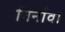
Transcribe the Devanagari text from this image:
निर्नावा